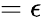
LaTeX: =\epsilon